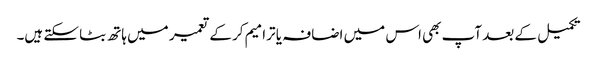
تکمیل کے بعد آپ بھی اس میں اضافہ یا ترامیم کر کے تعمیر میں ہاتھ بٹا سکتے ہیں۔